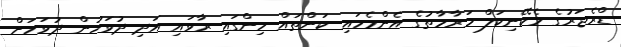
ޑްރެޖަރުގެ މެކޭނިކަލް މަރާމާތުގެ އެންމެހައި ކަންތައް ހިންގައި ރާވައި އަދި ދުވަހުން ދުވަހަށް